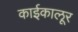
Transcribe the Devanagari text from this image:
काईकालूर